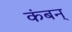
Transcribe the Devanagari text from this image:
कंबन्